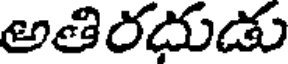
అతిరదుడు